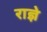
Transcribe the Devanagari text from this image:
राज्ञे